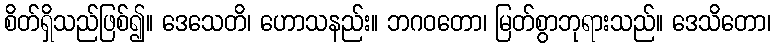
စိတ်ရှိသည်ဖြစ်၍။ ဒေသေတိ၊ ဟောသနည်း။ ဘဂဝတော၊ မြတ်စွာဘုရားသည်။ ဒေသိတော၊